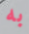
به